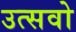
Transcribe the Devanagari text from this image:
उत्सवो